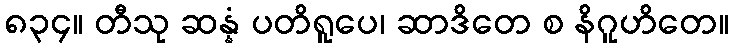
၈၃၄။ တီသု ဆန္နံ ပတိရူပေ၊ ဆာဒိတေ စ နိဂူဟိတေ။